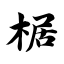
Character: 椐